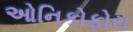
ઓનિકોફોરા